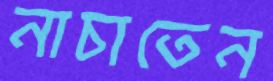
নাচাতেন